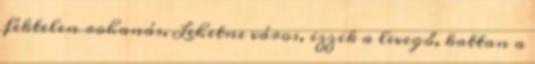
féktelen rohanás. Lehetne város, izzik a levegő, kattan a